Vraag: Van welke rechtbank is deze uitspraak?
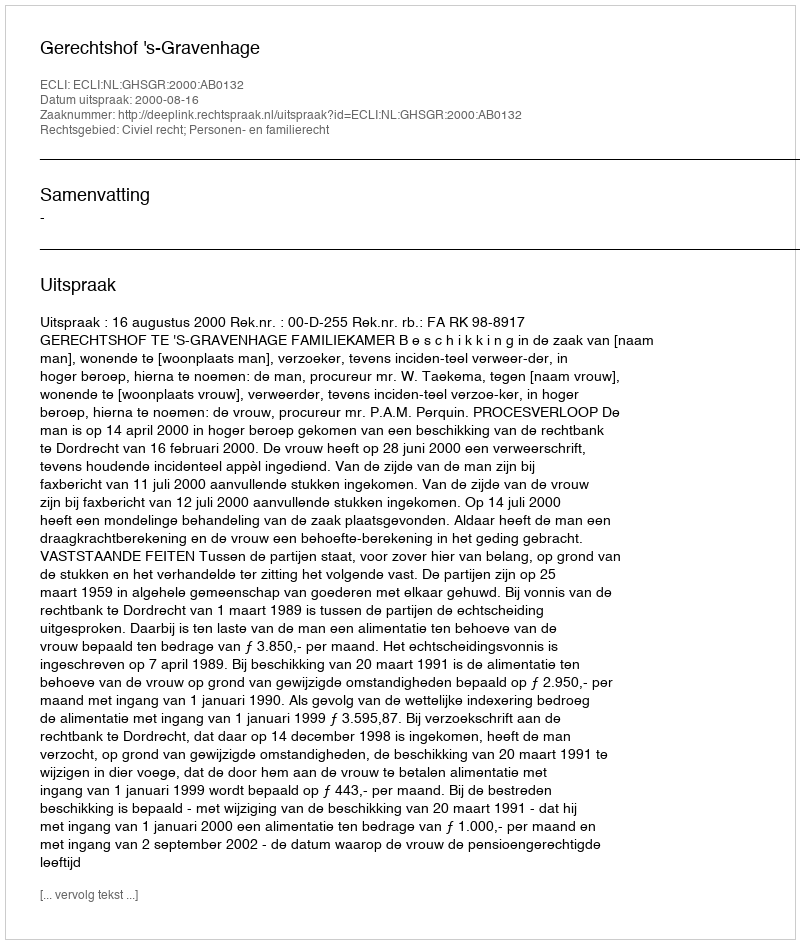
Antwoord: Gerechtshof 's-Gravenhage